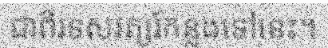
ជាពីរទសវត្សរ៍កន្លងទៅនេះ។